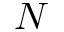
N